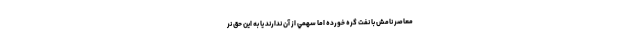
معاصر نامش با نفت گره خورده اما سهمي از آن ندارند يا به اين حق نر